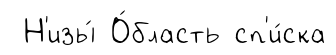
Н'изы́ О́бласть сп'и́ска